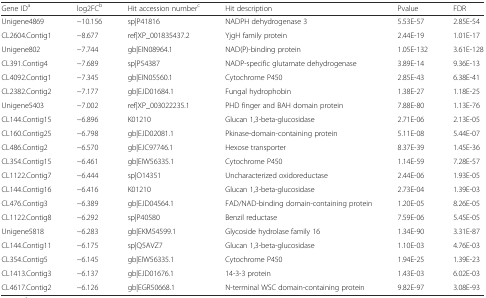
<table><thead><tr><td><b>Gene ID<sup>a</sup></b></td><td><b>log2FC<sup>b</sup></b></td><td><b>Hit accession number<sup>c</sup></b></td><td><b>Hit description</b></td><td><b>Pvalue</b></td><td><b>FDR</b></td></tr></thead><tbody><tr><td>Unigene4869</td><td>−10.156</td><td>sp|P41816</td><td>NADPH dehydrogenase 3</td><td>5.53E-57</td><td>2.85E-54</td></tr><tr><td>CL2604.Contig1</td><td>−8.677</td><td>ref|XP_001835437.2</td><td>YjgH family protein</td><td>2.44E-19</td><td>1.01E-17</td></tr><tr><td>Unigene802</td><td>−7.744</td><td>gb|EIN08964.1</td><td>NAD(P)-binding protein</td><td>1.05E-132</td><td>3.61E-128</td></tr><tr><td>CL391.Contig4</td><td>−7.689</td><td>sp|P54387</td><td>NADP-specific glutamate dehydrogenase</td><td>3.89E-14</td><td>9.36E-13</td></tr><tr><td>CL4092.Contig1</td><td>−7.345</td><td>gb|EIN05560.1</td><td>Cytochrome P450</td><td>2.85E-43</td><td>6.38E-41</td></tr><tr><td>CL2382.Contig2</td><td>−7.177</td><td>gb|EJD01684.1</td><td>Fungal hydrophobin</td><td>1.38E-27</td><td>1.18E-25</td></tr><tr><td>Unigene5403</td><td>−7.002</td><td>ref|XP_003022235.1</td><td>PHD finger and BAH domain protein</td><td>7.88E-80</td><td>1.13E-76</td></tr><tr><td>CL144.Contig15</td><td>−6.896</td><td>K01210</td><td>Glucan 1,3-beta-glucosidase</td><td>2.71E-06</td><td>2.13E-05</td></tr><tr><td>CL160.Contig25</td><td>−6.798</td><td>gb|EJD02081.1</td><td>Pkinase-domain-containing protein</td><td>5.11E-08</td><td>5.44E-07</td></tr><tr><td>CL486.Contig2</td><td>−6.570</td><td>gb|EJC97746.1</td><td>Hexose transporter</td><td>8.37E-39</td><td>1.45E-36</td></tr><tr><td>CL354.Contig15</td><td>−6.461</td><td>gb|EIW56335.1</td><td>Cytochrome P450</td><td>1.14E-59</td><td>7.28E-57</td></tr><tr><td>CL1122.Contig7</td><td>−6.444</td><td>sp|O14351</td><td>Uncharacterized oxidoreductase</td><td>2.44E-06</td><td>1.93E-05</td></tr><tr><td>CL144.Contig16</td><td>−6.416</td><td>K01210</td><td>Glucan 1,3-beta-glucosidase</td><td>2.73E-04</td><td>1.39E-03</td></tr><tr><td>CL476.Contig3</td><td>−6.389</td><td>gb|EJD04564.1</td><td>FAD/NAD-binding domain-containing protein</td><td>1.20E-05</td><td>8.26E-05</td></tr><tr><td>CL1122.Contig8</td><td>−6.292</td><td>sp|P40580</td><td>Benzil reductase</td><td>7.59E-06</td><td>5.45E-05</td></tr><tr><td>Unigene5818</td><td>−6.283</td><td>gb|EKM54599.1</td><td>Glycoside hydrolase family 16</td><td>1.34E-90</td><td>3.31E-87</td></tr><tr><td>CL144.Contig11</td><td>−6.175</td><td>sp|Q5AVZ7</td><td>Glucan 1,3-beta-glucosidase</td><td>1.10E-03</td><td>4.76E-03</td></tr><tr><td>CL354.Contig5</td><td>−6.145</td><td>gb|EIW56335.1</td><td>Cytochrome P450</td><td>1.94E-25</td><td>1.39E-23</td></tr><tr><td>CL1413.Contig3</td><td>−6.137</td><td>gb|EJD01676.1</td><td>14-3-3 protein</td><td>1.43E-03</td><td>6.02E-03</td></tr><tr><td>CL4617.Contig2</td><td>−6.126</td><td>gb|EGR50668.1</td><td>N-terminal WSC domain-containing protein</td><td>9.82E-97</td><td>3.08E-93</td></tr></tbody></table>